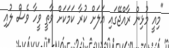
"މިއީ މުޅިން ރާއްޖޭގައި އަލަށް ކުރާ ކަމަކަށް ވާތީ ވީހާ ވެސް ލުއި